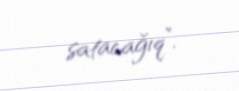
satacağıq”.